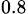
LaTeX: _{0.8}